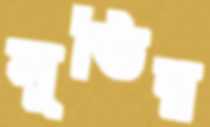
সুতির